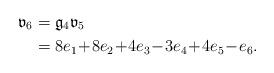
LaTeX: \begin{align*}\mathfrak{v}_6&=\mathfrak{g}_4\mathfrak{v}_5\\&=8e_1\!+\!8e_2\!+\!4e_3\!-\!3e_4\!+\!4e_5\!-\!e_6.\end{align*}